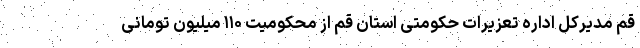
قم مدیرکل اداره تعزیرات حکومتی استان قم از محکومیت ۱۱۰ میلیون تومانی